Lunatic asylums Bombay report 1878-1890 - 1878-1890
Year: 1878
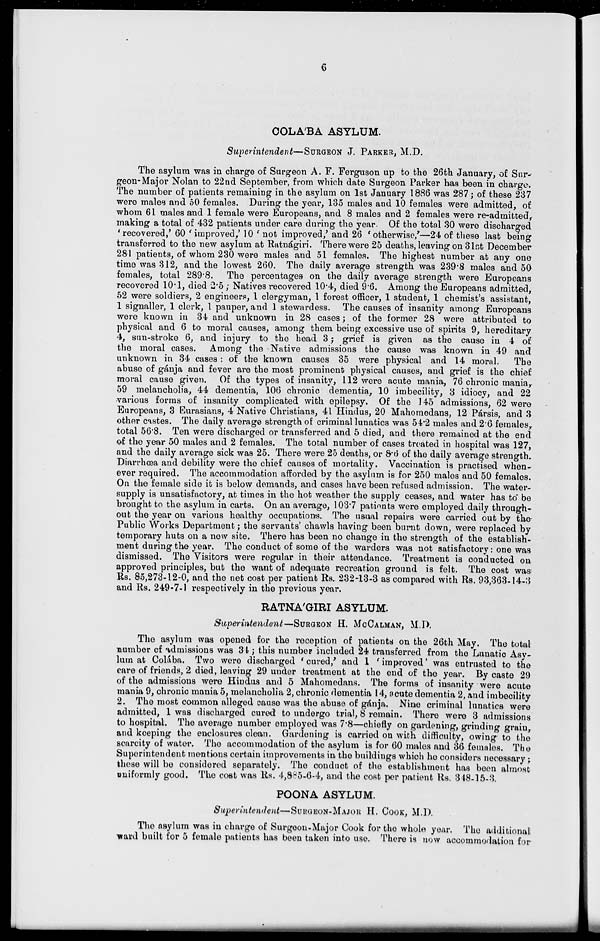
6
COLA'BA ASYLUM.
Superintendent—SURGEON J. PARKER, M.D.
The asylum was in charge of Surgeon A. F. Ferguson up to the 26th January, of Sur-
geon-Major Nolan to 22nd September, from which date Surgeon Parker has been in charge.
The number of patients remaining in the asylum on 1st January 1886 was 287; of these 237
were males and 50 females. During the year, 135 males and 10 females were admitted, of
whom 61 males and 1 female were Europeans, and 8 males and 2 females were re-admitted,
making a total of 432 patients under care during the year. Of the total 30 were discharged
'recovered,' 60 'improved,' 10 ' not improved,' and 26 'otherwise,'—24 of these last being
transferred to the new asylum at Ratnágiri. There were 25 deaths, leaving on 31st December
281 patients, of whom 230 were males and 51 females. The highest number at any one
time was 312, and the lowest 260. The daily average strength was 239.8 males and 50
females, total 289.8. The percentages on the daily average strength were Europeans
recovered 10.1, died 2.5; Natives recovered 10.4, died 9.6. Among the Europeans admitted,
52 were soldiers, 2 engineers, 1 clergyman, 1 forest officer, 1 student, 1 chemist's assistant,
1 signaller, 1 clerk, 1 pauper, and 1 stewardess. The causes of insanity among Europeans
were known in 34 and unknown in 28 cases; of the former 28 were attributed to
physical and 6 to moral causes, among them being excessive use of spirits 9, hereditary
4, sun-stroke 6, and injury to the head 3; grief is given as the cause in 4 of
the moral cases. Among the Native admissions the cause was known in 49 and
unknown in 34 cases : of the known causes 35 were physical and 14 moral.
The
abuse of gánja and fever are the most prominent physical causes, and grief is the chief
moral cause given. Of the types of insanity, 112 were acute mania, 76 chronic mania,
59 melancholia, 44 dementia, 106 chronic dementia, 10 imbecility, 3 idiocy, and 22
various forms of insanity complicated with epilepsy. Of the 145 admissions, 62 were
Europeans, 3 Eurasians, 4 Native Christians, 41 Hindus, 20 Mahomedans, 12 Pársis, and 3
other castes. The daily average strength of criminal lunatics was 54.2 males and 2.6 females,
total 56.8. Ten were discharged or transferred and 5 died, and there remained at the end
of the year 50 males and 2 females. The total number of cases treated in hospital was 127,
and the daily average sick was 25. There were 25 deaths, or 8.6 of the daily average strength.
Diarrhœa and debility were the chief causes of mortality. Vaccination is practised when-
ever required. The accommodation afforded by the asylum is for 250 males and 50 females.
On the female side it is below demands, and cases have been refused admission. The water-
supply is unsatisfactory, at times in the hot weather the supply ceases, and water has to be
brought to the asylum in carts. On an average, 103.7 patients were employed daily through-
out the year on various healthy occupations. The usual repairs were carried out by the
Public Works Department; the servants' chawls having been burnt down, were replaced by
temporary huts on a new site. There has been no change in the strength of the establish-
ment during the year. The conduct of some of the warders was not satisfactory: one was
dismissed. The Visitors were regular in their attendance. Treatment is conducted on
approved principles, but the want of adequate recreation ground is felt. The cost was
Rs. 85,273-12-0, and the net cost per patient Rs. 232-13-3 as compared with Rs. 93,363-14-3
and Rs. 249-7-1 respectively in the previous year.
RATNA'GURI ASYLUM.
Superintendent—SURGEON H. MCCALMAN, M.D.
The asylum was opened for the reception of patients on the 26th May. The total
number of admissions was 34; this number included 24 transferred from the Lunatic Asy-
lum at Colába, Two were discharged 'cured,' and 1 'improved' was entrusted to the
care of friends, 2 died, leaving 29 under treatment at the end of the year. By caste 29
of the admissions were Hindus and 5 Mahomedans. The forms of insanity were acute
mania 9, chronic mania 5, melancholia 2, chronic dementia 14, acute dementia 2, and imbecility
2. The most common alleged cause was the abuse of gánja. Nine criminal lunatics were
admitted, 1 was discharged cured to undergo trial, 8 remain. There were 3 admissions
to hospital. The average number employed was 7.8—chiefly on gardening, grinding grain,
and keeping the enclosures clean. Gardening is carried on with difficulty, owing to the
scarcity of water. The accommodation of the asylum is for 60 males and 36 females. The
Superintendent mentions certain improvements in the buildings which he considers necessary;
these will be considered separately. The conduct of the establishment has been almost
uniformly good. The cost was Rs. 4,885-6-4, and the cost per patient Rs. 348-15-3.
POONA ASYLUM.
Superintendent—SURGEON-MAJOR H. COOK, M.D.
The asylum was in charge of Surgeon-Major Cook for the whole year. The additional
ward built for 5 female patients has been taken into use. There is now accommodation for